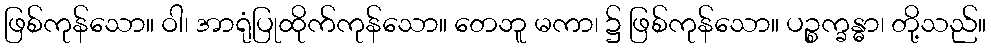
ဖြစ်ကုန်သော။ ဝါ၊ အာရုံပြုထိုက်ကုန်သော။ တေဘူ မကာ၊ ၌ ဖြစ်ကုန်သော။ ပဉ္စက္ခန္ဓာ၊ တို့သည်။